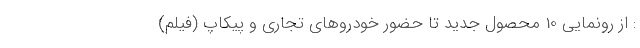
: از رونمایی 10 محصول جدید تا حضور خودروهای تجاری و پیکاپ (فیلم)